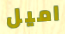
اميل